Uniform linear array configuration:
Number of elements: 64
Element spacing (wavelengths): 1
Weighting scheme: cosine
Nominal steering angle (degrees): -15
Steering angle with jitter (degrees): -15.938
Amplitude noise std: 0.05
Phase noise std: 0.05

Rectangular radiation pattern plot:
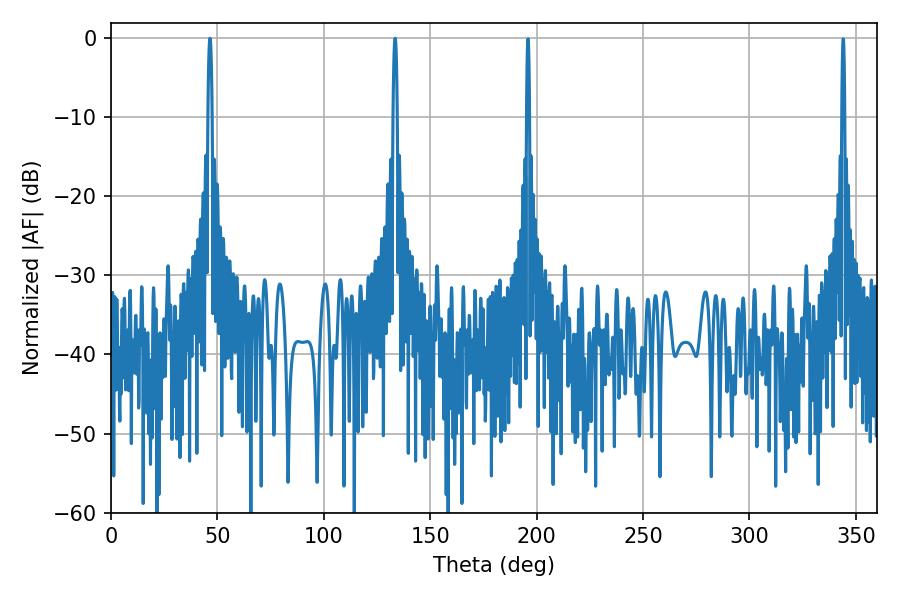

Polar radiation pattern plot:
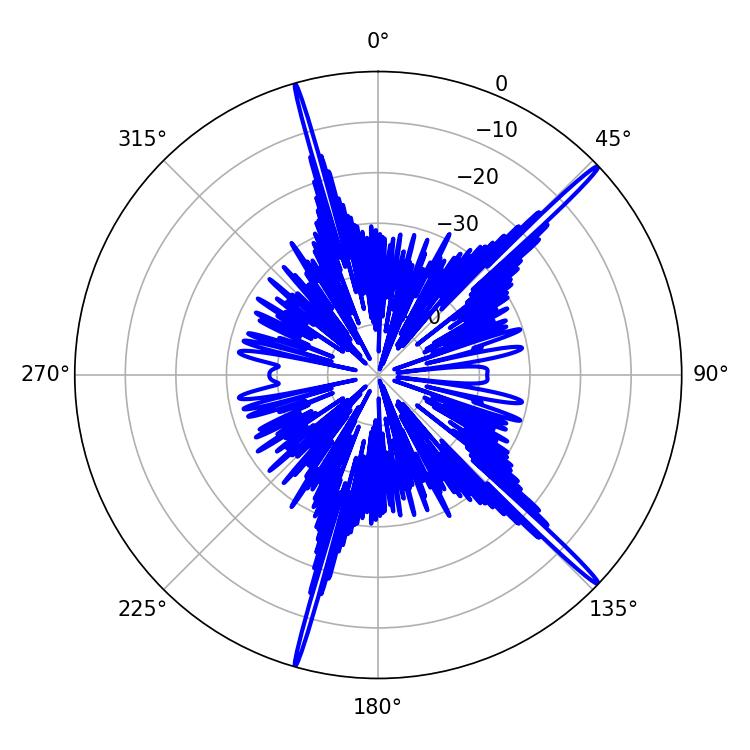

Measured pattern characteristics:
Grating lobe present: TRUE
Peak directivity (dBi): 19.167
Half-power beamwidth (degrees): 1.08
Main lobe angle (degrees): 46.44